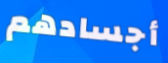
أجسادهم